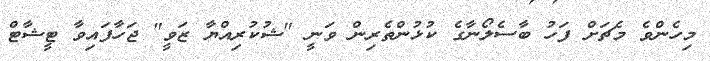
މިހެންވެ މެޗަށް ފަހު ބާސެލޯނާގެ ކުޅުންތެރިން ވަނީ "ޝުކުރިއްޔާ ޒަވީ" ޖަހާފައިވާ ޓީޝާޓް